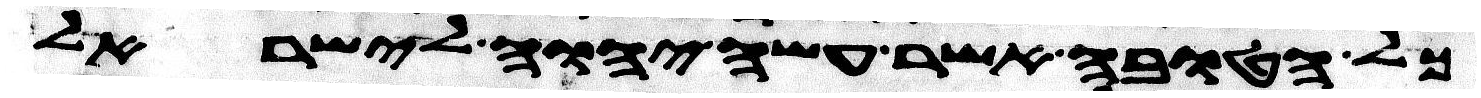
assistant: כל הטובה אשר עשה יהוה לישראל